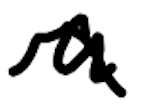
Text: a
Cross-out: mix
Writing tool: digital_black